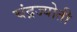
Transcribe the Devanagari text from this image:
चंद्रज्योती